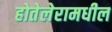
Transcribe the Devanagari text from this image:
होतेलेरामधील